Civil Veterinary Department. Madras. Admin. report 1910-25 - 1910-1925
Year: 1910
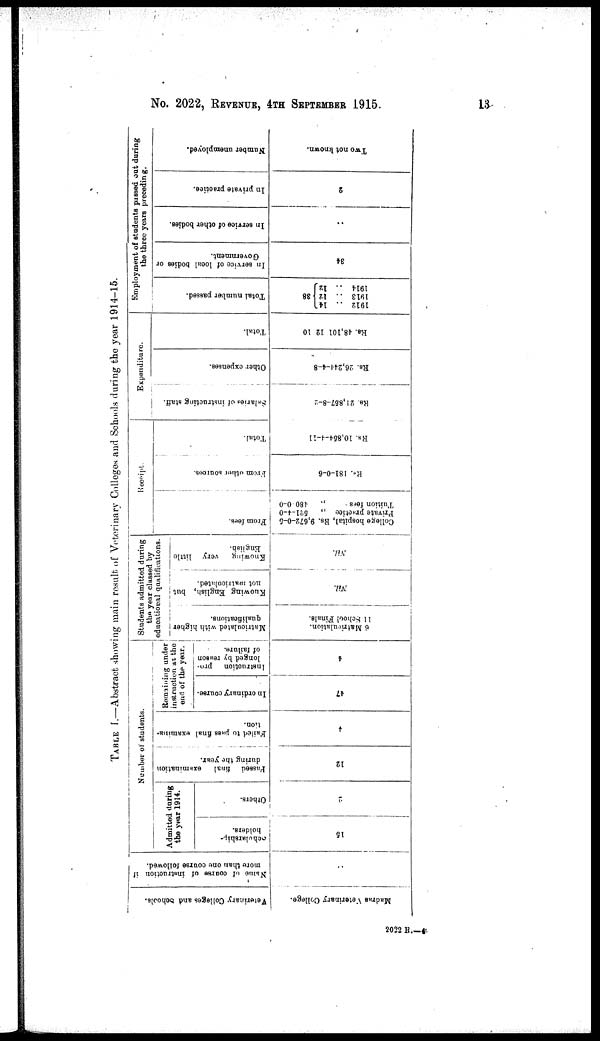
No. 2022, REVENUE, 4TH SEPTEMBER 1915.
13
TABLE I.—Abstract showing main result of Veterinary Colleges and Schools during the year 1914-15.
Veterinary Colleges and Schools.
Madras Veterinary College.
Name of course of instruction it
more than one course followed.
..
Number of students.
Admitted during
the year 1914.
Scholarship-
holders.
15
Others.
2
Passed final
examination
during the year.
12
Failed to pass final examina-
tion.
4
Remaining under
instruction at the
end of the year.
In ordinary course.
47
Instruction
pro-
longed by reason
of failure.
4
Students admitted during
the year classed by
educational qualifications.
Matriculated with higher
qualifications.
6 Matriculation.
11 School Finals.
Knowing
English, but
not matriculated.
Nil.
Knowing
very little
English.
Nil.
Receipt.
Fr om fees.
College hospital, Rs. 9,672-0-5
Private practice „ 521-4-0
Tuition fees
„
480
0-0
Fr om other sources.
Rs. 181-0-6
Tot al .
Rs. 10,854-4-11
Expenditure.
Salaries of instructing staff.
Rs. 21,857-8-2
Other expenses.
Rs. 26,244-4-8
Total.
Rs. 48,101 12 10
Employment of students passed out during
the three years preceding.
Total number passed.
1912 .. 14
1913 .. 12 38
1914 ..
12
In service of local bodies or
Government.
34
In service of other bodies.
..
In private practice.
2
Number unemployed.
Two not known.
2022 R.—4